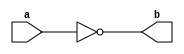
//Exercicio00006 COMPLEMENTO1
//Nome: tila Martins Silva Jnior
//Matrcula: 449014
//--------------------------------
//number system
//------------------------------
module complemento1(input[7:0] a,
output[7:0] b);
//-- definir dados
assign b = ~a;
endmodule// complemento1

//--teste complemento1
module testcomplemento1;

//--dados locais
reg [7:0]p;
wire [7:0]q;

//--instancia
complemento1 COMP1 (p,q);

//--atribuio
initial begin
p = 8'b10001101;
end

//-- parte principal
initial begin
$display("Exercicio0006 - tila Martins Silva Jnior - 449014");
$display("Complemento de 1:");
$monitor("~%8b = %8b",p,q);
#1 p = 8'b10101010;
#1 p = 8'b11111111;
#1 p = 8'b11101100;
#1 p = 8'b00000000;
#1 p = 8'b11100011;
end
endmodule// complemento1